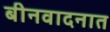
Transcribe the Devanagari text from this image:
बीनवादनात